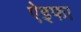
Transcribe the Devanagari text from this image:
ऐइफा